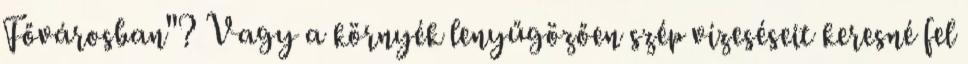
Fővárosban"? Vagy a környék lenyűgözően szép vízeséseit keresné fel